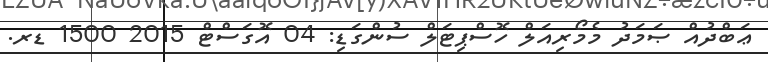
ޢަބްދުއް ޞަމަދު މެމޯރިއަލް ހޮސްޕިޓަލް ސުންގަޑި: 04 އޮގަސްޓް 2015 1500 ޑރ.